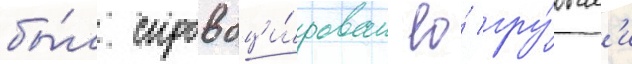
бы́л спровоци́рован ео́ гру́бым'и